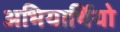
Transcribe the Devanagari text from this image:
अभियार्थियो